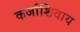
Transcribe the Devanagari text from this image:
कर्जाशिवाय